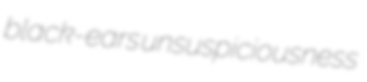
black-ears unsuspiciousness